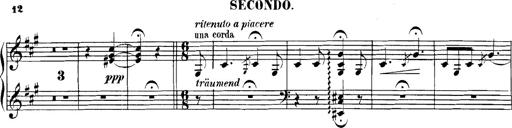
Title: Spinnerlied aus dem Fliegenden HollÃ¤nder
Composer: Franz Liszt